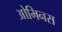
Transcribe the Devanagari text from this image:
ओमिनस